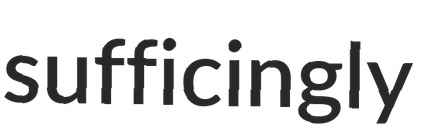
sufficingly